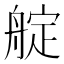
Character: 𦩘